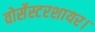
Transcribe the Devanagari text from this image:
वोर्सेस्टरशायर।